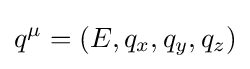
q^{\mu }=(E,q_{x},q_{y},q_{z})